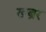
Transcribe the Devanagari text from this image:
खब्रर